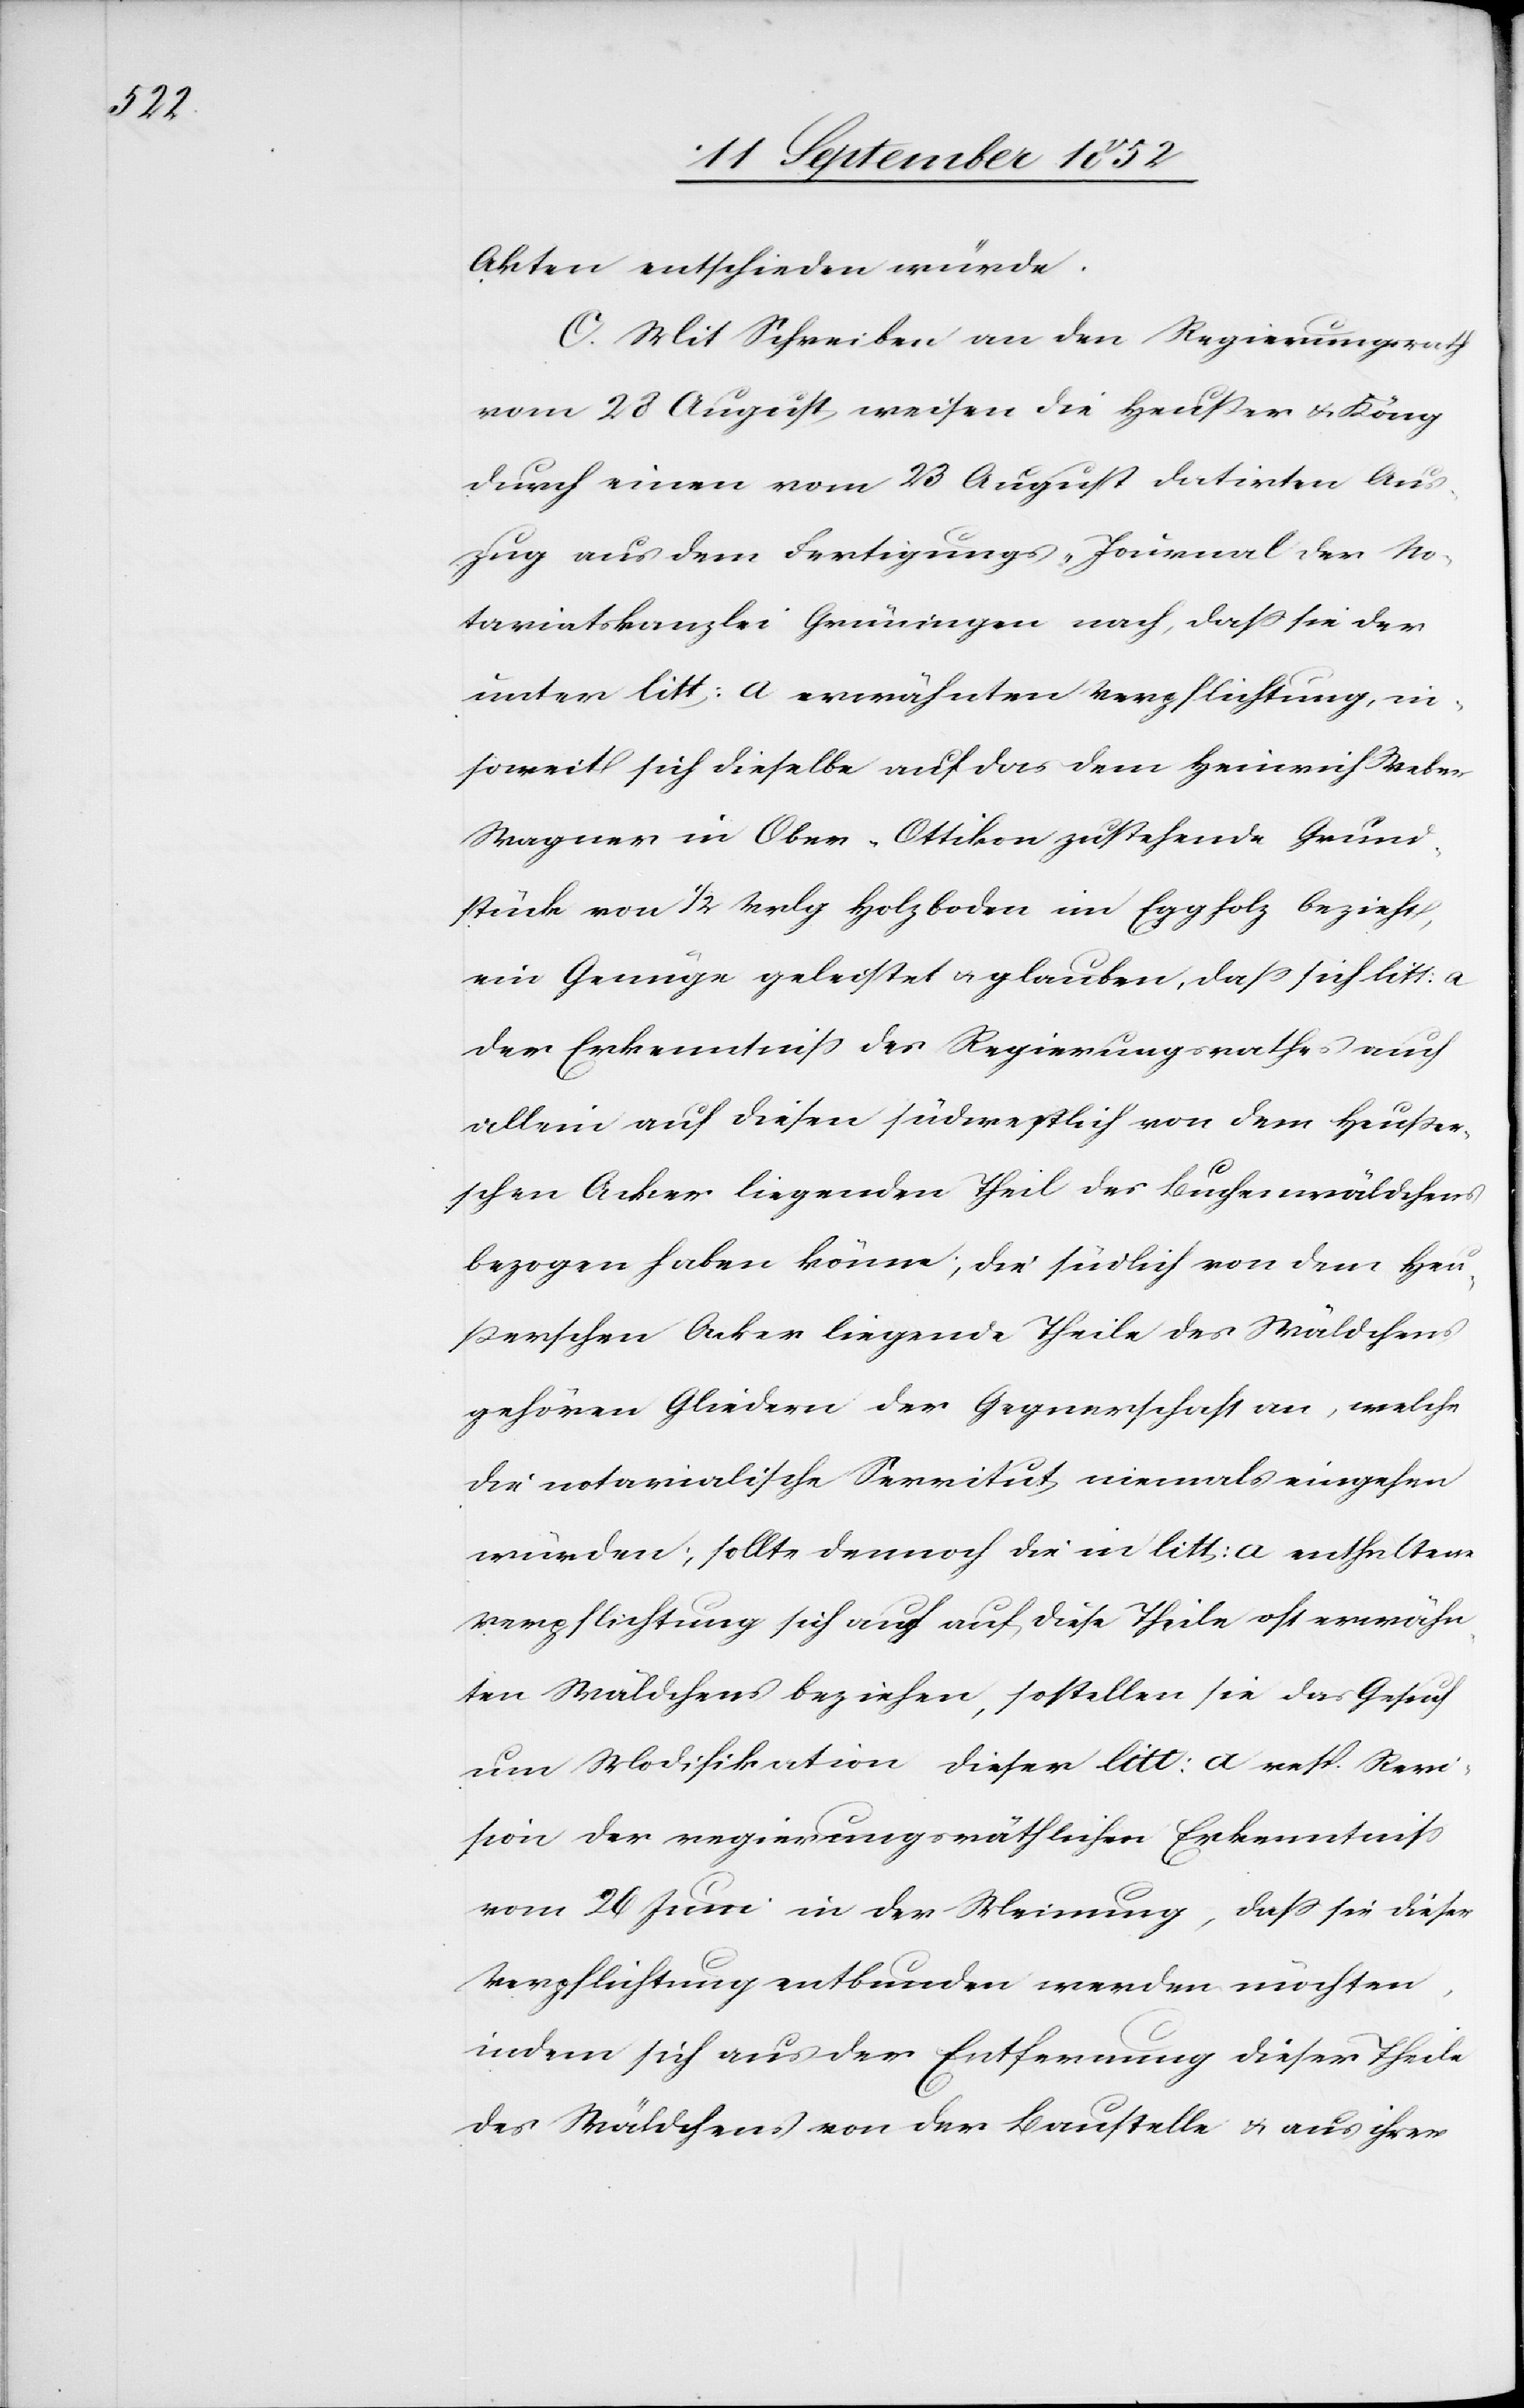
Akten entschieden würde.
C. Mit Schreiben an den Regierungsrath
vom 28 August weisen die [Herren] Heußer & Köng
durch einen vom 23 August datirten Aus¬
zug aus dem Fertigungs-Journal der No¬
tariatskanzlei Grüningen nach, dass sie der
unter litt: a erwähnten Verpflichtung, in¬
soweit sich dieselbe auf das dem Heinrich Weber
Wagner in Ober-Ottikon zustehende Grund¬
stück von 1/2 Vrlg Holzboden im Eggholz bezieht,
ein Genüge geleistet & glauben, dass sich litt: a
der Erkenntniss des Regierungsrathes auch
allein auf diesen südwestlich von dem Heußer¬
schen Acker liegenden Theil des Buchenwäldchens
bezogen haben könne; die südlich von dem Heu¬
ßerschen Acker liegende[n] Theile des Wäldchens
gehören Gliedern der Gegnerschaft an, welche
die notarialische Servitut niemals eingehen
würden; sollte dennoch die in litt: a enthaltene
Verpflichtung sich auch auf diese Theile oft erwähn¬
ten Wäldchens beziehen, so stellen sie das Gesuch
um Modifikation dieser litt: a resp. Revi¬
sion der regierungsräthlichen Erkenntniss
vom 26 Juni in der Meinung, dass sie dieser
Verpflichtung entbunden werden möchten,
indem sich aus der Entfernung dieser Theile
des Wäldchens von der Baustelle & aus ihrer